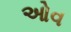
ઓવ